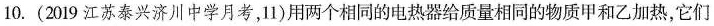
10.(2019江苏泰兴济川中学月考，11)用两个相同的电热器给质量相同的物质甲和乙加热，它们